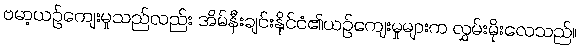
ဗမာ့ယဉ်ကျေးမှုသည်လည်း အိမ်နီးချင်းနိုင်ငံ၏ယဉ်ကျေးမှုများက လွှမ်းမိုးလေသည်။